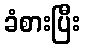
ခံစားပြီး